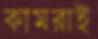
কামরাই